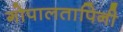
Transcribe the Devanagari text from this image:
गोपालतापिनी